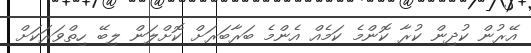
އޭރުން ކުދިން ކުރާ ކޮންމެ ކަމެއް އެންމެ ބަރާބަރަށް ކޮށްލަން ލިބޭ ހިތްވަރަކަށް